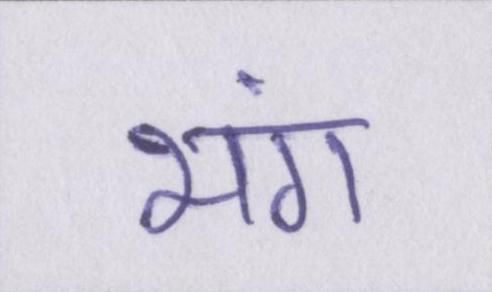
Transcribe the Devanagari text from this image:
भंग